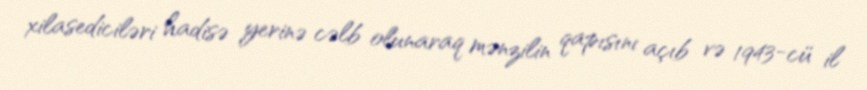
xilasediciləri hadisə yerinə cəlb olunaraq mənzilin qapısını açıb və 1943-cü il